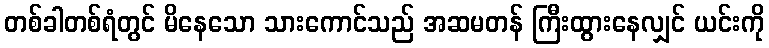
တစ်ခါတစ်ရံတွင် မိနေသော သားကောင်သည် အဆမတန် ကြီးထွားနေလျှင် ယင်းကို